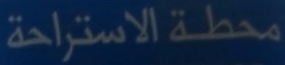
محطة الاستراحة